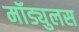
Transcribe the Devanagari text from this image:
मॉड्युलस